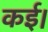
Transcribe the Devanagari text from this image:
कई।